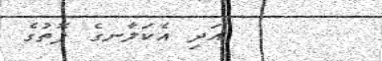
އަދި އެކަލާނގެ ފޮތުގެ